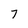
Character: 7